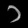
Digit: ၁